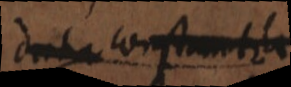
data constantia